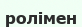
ролімен